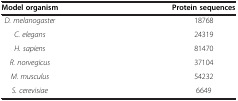
<table><thead><tr><td><b>Model organism</b></td><td><b>Protein sequences</b></td></tr></thead><tbody><tr><td><i>D. melanogaster</i></td><td>18768</td></tr><tr><td><i>C. elegans</i></td><td>24319</td></tr><tr><td><i>H. sapiens</i></td><td>81470</td></tr><tr><td><i>R. norvegicus</i></td><td>37104</td></tr><tr><td><i>M. musculus</i></td><td>54232</td></tr><tr><td><i>S. cerevisiae</i></td><td>6649</td></tr></tbody></table>